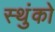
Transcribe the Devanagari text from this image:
स्थुंको